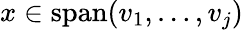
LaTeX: x\in\operatorname{span}(v_{1},\dotsc,v_{j})